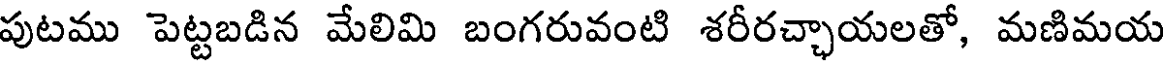
పుటము పెట్టబడిన మేలిమి బంగరువంటి శరీరచ్చాయలతో, మణిమయ